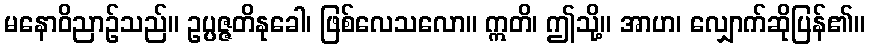
မနောဝိညာဉ်သည်။ ဥပ္ပဇ္ဇတိနုခေါ၊ ဖြစ်လေသလော။ ဣတိ၊ ဤသို့။ အာဟ၊ လျှောက်ဆိုပြန်၏။